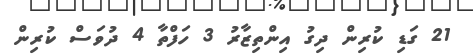
21 ގަޑި ކުރިން ދިގު އިންތިޒާރު 3 ހަފްތާ 4 ދުވަސް ކުރިން